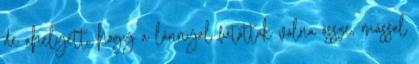
de ahelyett, hogy a lánnyal futottak volna össze, mással